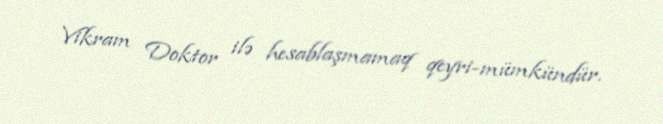
Vikram Doktor ilə hesablaşmamaq qeyri-mümkündür.